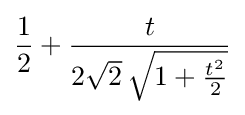
{\frac {1}{2}}+{\frac {t}{2{\sqrt {2}}\,{\sqrt {1+{\frac {t^{2}}{2}}}}}}